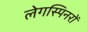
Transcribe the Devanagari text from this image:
लेगस्पिनरों